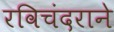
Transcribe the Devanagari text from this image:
रविचंदराने